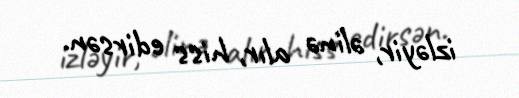
izləyir, əlinə alır, hiss edirsən.